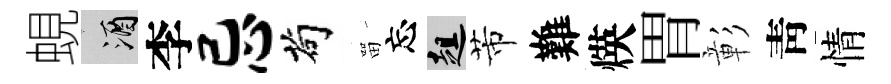
蜆酒李忌茍㽞忘趄芾難煐胃彰靑情